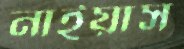
নাইয়াস